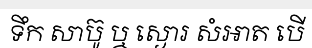
ទឹក សាប៊ូ ឬ ស្ងោរ សំអាត បើ